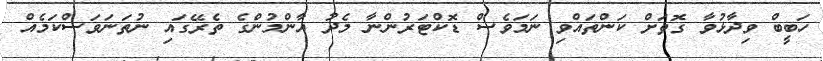
ހަބީބް ވިދާޅުވާ ގޮތަށް ކަންތައްވި ނަމަވެސް ޑޮކްޓަރުންނާ މެދު އާންމުންގެ ތެރޭގައި ނުތަނަވަސްކަމެއް